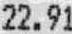
22.91